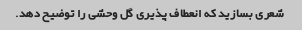
شعری بسازید که انعطاف پذیری گل وحشی را توضیح دهد.